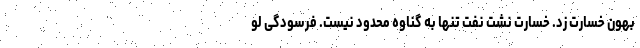
بهون خسارت زد. خسارت نشت نفت تنها به گناوه محدود نیست. فرسودگی لو